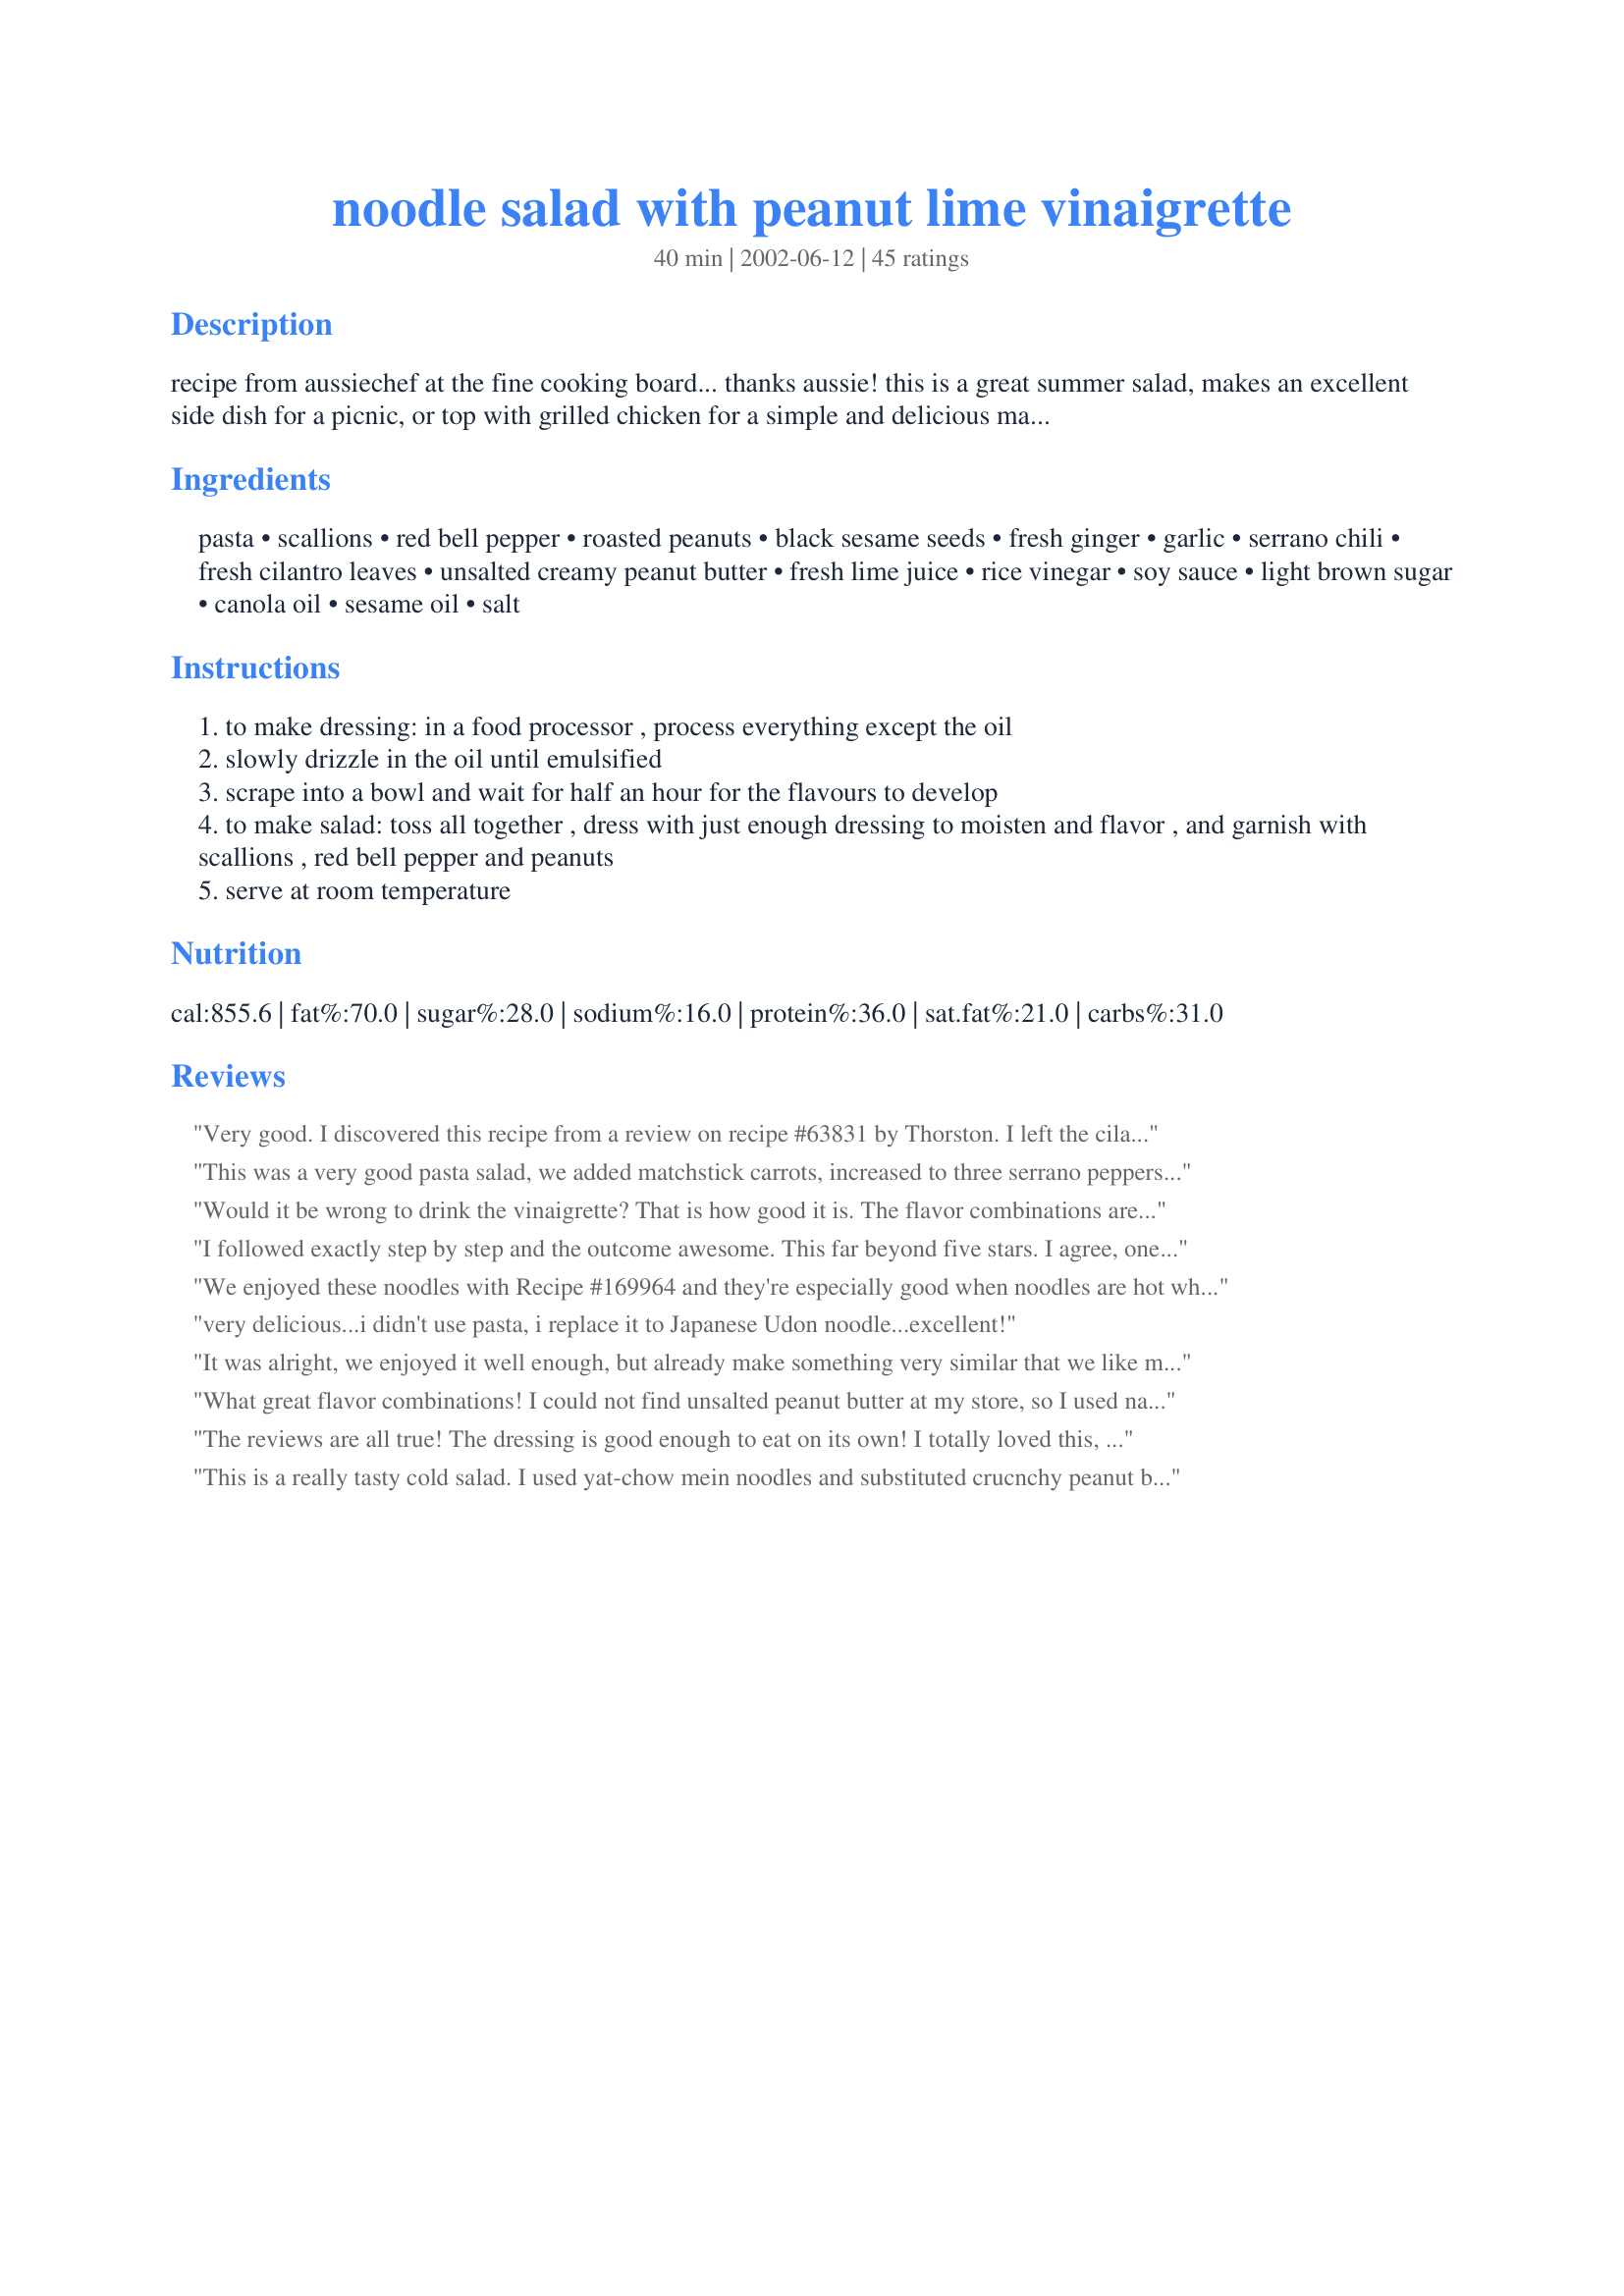
noodle salad with peanut lime vinaigrette
Preparation time: 40 minutes

recipe from aussiechef at the fine cooking board... thanks aussie! this is a great summer salad, makes an excellent side dish for a picnic, or top with grilled chicken for a simple and delicious main course.

Ingredients:
pasta, scallions, red bell pepper, roasted peanuts, black sesame seeds, fresh ginger, garlic, serrano chili, fresh cilantro leaves, unsalted creamy peanut butter, fresh lime juice, rice vinegar, soy sauce, light brown sugar, canola oil, sesame oil, salt

Steps:
to make dressing: in a food processor , process everything except the oil
slowly drizzle in the oil until emulsified
scrape into a bowl and wait for half an hour for the flavours to develop
to make salad: toss all together , dress with just enough dressing to moisten and flavor , and garnish with scallions , red bell pepper and peanuts
serve at room temperature

Reviews:
Very good. I discovered this recipe from a review on recipe #63831 by Thorston. I left the cilantro out because I don't like it, but other than that, made as directed. We really enjoyed it and thought it went really well with the salmon patties. Whilst writing this review, I realize I forgot the sesame seeds!! ARG!!
This was a very good pasta salad, we added matchstick carrots, increased to three serrano peppers and added some red pepper. Myabe it was because we used rice noodles but this dish was MUCH better after a night in the fridge. Next time around I will make it one day ahead of time and double the peanut butter(love that taste!). Thanks for a great recipe, guests loved it but it was amazing at lunch the next day.
Would it be wrong to drink the vinaigrette? That is how good it is. The flavor combinations are amazing. I made the recipe as written and it turned out perfectly. Thanks for a great receipe. No leftovers....raves from family.
I followed exactly step by step and the outcome awesome. This far beyond five stars. I agree, one could drink the vinaigrette and I have tried it more often than necessary. The combination of flavors is convincing. If you have some left over Spaghettis, try them with this vinaigrette and you will brim over with enthusiam for this recipe. Will stay in my cookbook forever.
We enjoyed these noodles with Recipe #169964 and they're especially good when noodles are hot when the dressing is put on! The noodles really absorb the dressing fast and next time I will dress them right before serving. Thanks Tracy, for picking out a good recipe!<br/>Roxygirl
very delicious...i didn't use pasta, i replace it to Japanese Udon noodle...excellent!
It was alright, we enjoyed it well enough, but already make something very similar that we like more so we probably wouldn't make it again
What great flavor combinations! I could not find unsalted peanut butter at my store, so I used natural peanut butter and eliminated additional salt. I also forgot to add the chopped peanuts to the top and missed the crunch that they would have added.
The reviews are all true! The dressing is good enough to eat on its own! I totally loved this, the only things I changed were I used only 1 3rd of a cup of canola oil (it was plenty for me) and lemon juice. I used fine rice noodles, which are my favourite in salads. My boyfriend loved it too. My only tip would maybe be that if you're making this in advance keep the dressing separate and dress it at the last minute because if it's left overnight the noodles absorb a lot of the liquid and I like a bit of sauciness.
This is a really tasty cold salad. I used yat-chow mein noodles and substituted crucnchy peanut butter for some added texture. Will definately make again! Thanks Mean Chef.
Okay, but too much cilantro, and the recipe makes more dressing that the salad needs. Not terrible...
Fantastic dressing. Add whatever you want to salad and ENJOY!
I think it needs more taste to be a real 5. I may try increasing certain ingredients next time. Easy to do and the dressing is very easy to make. Prtetty with black sesame seeds too.
Really delicious and easy - I love the cilantro and sesame in the dressing! I added extra veggies (shredded carrots and snow peas) because I love veggies. About 8oz of dried pasta made about 16oz of cooked pasta (they say cooked pasta weighs 1 - 1.5 times more than dry). <br/><br/>Things I might change: I am a garlic lover, but the 2 cloves of raw garlic in the dressing were too much for me. I will probably only use one clove or substitute some garlic powder next time. I also found the dressing to be a bit more acidic than I had expected, but I love the lime flavor, so I will try it with less rice vinegar next time.<br/><br/>Will definitely make it again!
With the exception of not having a serrano chili (used some dried chili flakes for heat), I made this recipe as posted, but added cubed cooked chicken to make a meal, and liked it very much. Next time I may try reducing the oil, and adding some reserved pasta water if it needs more moisture...not that it wasn't great as is, I am just wondering if the fat content/calories could be reduced without messing final product.
This was pretty good, but actually kind of bland! Also, it makes a LOT! If I'm not having company, I'll cut the pasta in half, and keep the dressing about the same, although I think also I'll use relatively more lime to the oil. I'd never cooked w/ serano chili before, so I'll admit to being a bit timid -- it was big, so I only used about 2/3s of it. Next time, I'll go with jalapenos, I think. I will try it again, and if I like the result, I'll put in another review.
this was a delicious refreshing dish. i used soba noodles and whipped up the sauce in a blender.i had several key limes which i juiced, and served it with slices of lime as a garnish. very tasty
i love this! 5 stars aren't enough in my book. the combination of the flavors was excellant. initially this recipe looks like a lot of ingredients and some prep., but it was really easy. this is a definate keeper, i love pasta, peanut butter, and cilantro....if you do too you can't go wrong with this recipe.
 Perfect blend of flavours, and I think it is the lime juice that sets this recipe apart from the others.The balance of peanut butter is right on, not to overpowering, just a subtle hint of it. It just all works, and the garnishes are very interchangable. I used some matchstix carrots, a little more green onions, and when I serve this tonite to my daughters, I will add some stir fried sirloin to the top for a full course salad. I will keep this recipe as my only oriental noodle salad, because it is the best. Thanks Tracy for submitting this wonderful recipe!
Wonderful salad. Served with Recipe #19766 and Recipe #81284. Used Recipe #272132 for the fresh pasta, will make many times this summer.
Excellent recipe I didn't spend the half hour to improve the flavors and it was still fantastic.
I made this tonight to go with our salmon patties and we liked this very much. I did have to add some salt and pepper after it sat awhile. Its a great salad for those evenings when you want to pre-cook dinner before hand. Thank you for sharing.
Ohhhhhhh heaven! I fixed this the other night and I did cut the recipe in half, used ramen noodles, and added some snow peas (cut in half) and followed the instructions for the dressing which was delicious. I wish I would have made a little more dressing in the fact that DH and I didn't eat it all and the noodles had absorbed most of the dressing the next day. It was still wonderful! Served it with Wasabi Salmon Cakes #63831 and Toasted Seasme Greens #119872. Definately a favorite to put in my Favorites of 2011.
Delicious! I love the dressing on this salad. Served as a side dish with teriyaki chicken. Looking forward to the leftovers tomorrow.
I've made this twice now and to rave reviews. It really helps to let the dressing sit for 30 minutes. When you taste it at first, it tastes kind of funny, but after 30 minutes -- it's delish!! I used Angel Hair pasta. I tried it first with Spaghettini and the noodles were too thick. I also added cucumber, and Italian Parsley. I didn't use the Cilantro the 2nd time, because I found it gave the dressing a bit of a bitter taste, but that's me.
Took this to a BBQ and boy it was gone in a flash...I did change a little instead of the hot chili, I subbed a Hungarian chili and added frozen peas, matchstick carrots and diced water chestnuts...it was delish...
I've made this recipe several times now, and the dressing is simply fabulous! Since I eat neither pasta nor sugar, I use stevia to sweeten the dressing and served it over shirataki noodles. While it was good over the shirataki, it is superb over salad greens with crushed roasted peanuts sprinkled over it. I also use only 1/3C oil (peanut oil instead of canola) plus the 1 tbsp canola. It's just the right amount to smooth out the tangy taste but leave it slightly thick and creamy. And I too found that the dressing improves after a few hours in the fridge. Thanks for a new staple recipe, TracyK!
Unforgetable blend of flavors! I made this out of leftover spaghetti. For the vinaigrette I only used 1/3 cup of oil and thought it was enough.
This is such a wonderful blend of flavors. I didn't have a red pepper on hand and subbed an orange. I also downsized the recipe to suit using a package of Ramen Noodles (without the seasoning packet, of course). This was a great side to Wasabi Salmon Cakes (recipe #63831).
Yum! This actually would have gotten 5 stars, but we had difficulty with figuring out how much dry pasta equals 1 lb cooked, so we ended up with way too many noodles for the sauce. It would be hugely helpful to have the quantity of noodles be either dry weight or cooked volume. However, even though it was a little underdressed, it was still VERY tasty! My only concern is that the peanuts (from the garnish) will be soggy in the leftovers tomorrow. I think in future we'll only garnish individual servings to avoid that. Thanks for posting, Tracy K!
excellent, would be good with shrimp or scallops
What a great tasting Vinaigrette. I served on a platter and added a shreaded BBQ Chicken, poured the dressing over everything and let it soak in for 1/2 hour before serving. Hubby loved it. Thanks Tracy K.
Great flavor
This is a phenomenal pasta salad! I agree with AngelicFantasia that the viniagrette could be a beverage! It is a scrumptious mix of ingredients!
I thought this was excellent. I added shredded carrots and about 6 oz of diced, baked tofu (the latter, sliced, tossed with soy sauce, rice vinegar and a little canola oil, and baked at 350, about 20 minutes on each side). I also used only about 1/3 cup oil in the dressing and thought it was quite sufficient. With the tofu and other veggies, the dressing is sufficient for about 1/2-3/4 lb (dry) pasta. Delicious vegetarian entree!
I loved the dressing and the veggies. Awesome colour, textures and flavors. However, I was not too crazy about using the dressing and veggies with thin pasta. I used fedelini pasta. Next time, I'll try it with glass noodles or udon noodles.
Loved this pasta side dish, my family loved it and I know my guests will too ... it's a perfect addition to a summer buffet. Having never used peanut butter in a vinaigrette I admit to being hesitant, I did add the peanut butter very slowly! The salad ingredients and the dressing made for a wonderful combination, This ones in my keeper file. Thank you Tracy for sharing this excellent pasta salad.
Had friends and family over this weekend for a BBQ. I made this delcious salad and it was well received. It was actually much easier to make than it at first appeared. The vinaigrette tasted divine with nice blend of flavors. Served along with platters of grilled chicken, pork tenderloin and flank steak. An excellent salad for a BBQ. Thanks Tracy.
Thanks Tracy! I served this with some Thai roll-ups I made for the family. Loved the peanuts. I will be making this again.
I don't like peanut butter at all (I know, I know) Anyway this salad is absolutely to fabulous. I made the sauce the night before and chilled it until a few hours before serving. Made the pasta and tossed together with the sauce and served room temp just like it says. The flavor is so mellow and wonderful, it's hard to describe. My in-laws all loved it and they are not a daring bunch. Tracy you Rock!!
I've been looking for a lime vinaigrette to make a home version of Pei Wei's Veitnemese Chicken Salad Rolls, and this is as close as it's come. I doubled the vinaigrette ingredients, except the oil, and used basil instead of cilantro. Delicious.
This went over really well with my little family. I've always loved cold peanut noodle salad but anytime I mentioned preparing it for dinner I got blank, 'deer in the headlights', stares from my husband and daughter. Well, today they P'd me off and so I made dinner for ME and they could eat it or go hungry! They LOVED it! And I'm so happy now that I can make this whenever I have the craving and they'll eat it (not that I care if they don't). I made this as written, using angel hair pasta. I wouldn't change a thing, except to maybe add some more vegetables, like snow peas. Tonight, I served this salad with grilled rockfish fillets. Thanks Tracy, this is a keeper!
Used less pasta and added in shredded rotisserie chicken to make it a complete meal. Yummy! The dressing is just plain *outstanding*!
Used the Vinaigrette for a different recipe. Absolutely out of this world!
This was ok; a little bland for me. Also, in our house, this would serve at least eight.
